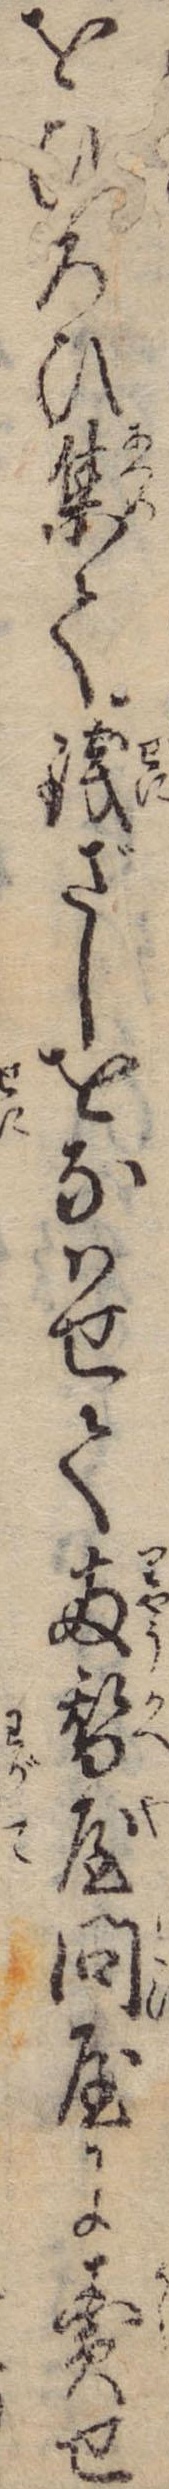
をひろひ集て銭ざしをなはせて両替屋問屋に売せ